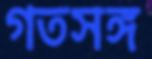
গতসঙ্গ